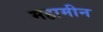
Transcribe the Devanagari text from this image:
महामीन